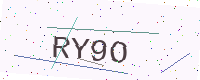
Text: RY9O